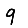
Digit: 9